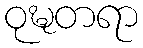
ဝုဍ္ဎတရာ